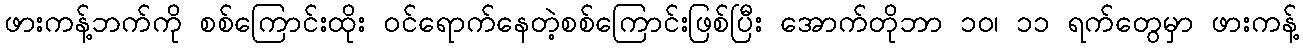
ဖားကန့်ဘက်ကို စစ်ကြောင်းထိုး ဝင်ရောက်နေတဲ့စစ်ကြောင်းဖြစ်ပြီး အောက်တိုဘာ ၁၀၊ ၁၁ ရက်တွေမှာ ဖားကန့်